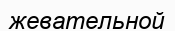
жевательной